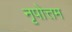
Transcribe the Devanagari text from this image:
नृपोत्तम